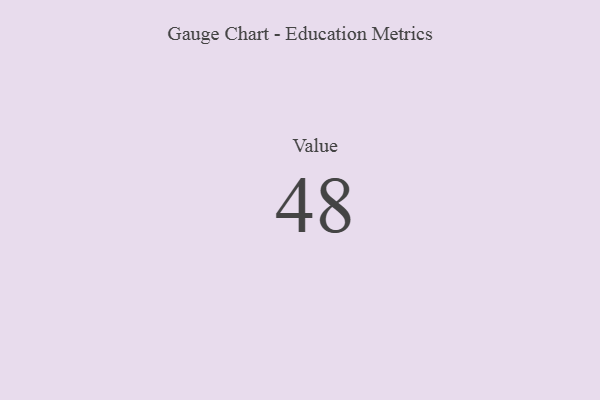
{"axis": {"x": "Metric", "y": "Value"}, "legend": [""], "data": [{"x": "Value", "y": 48, "type": ""}]}